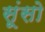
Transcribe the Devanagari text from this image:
सूंसो